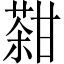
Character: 𤯊